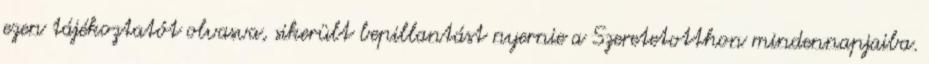
ezen tájékoztatót olvasva, sikerült bepillantást nyernie a Szeretetotthon mindennapjaiba.